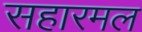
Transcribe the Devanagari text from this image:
सहारमल